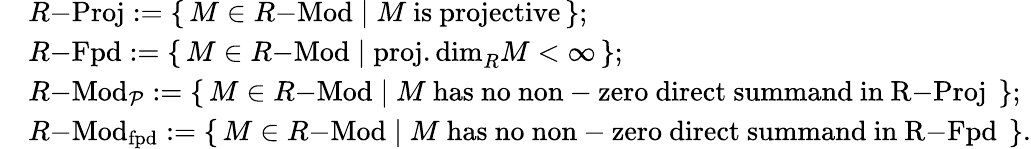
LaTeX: \begin{array}{rl}&{R\mathrm{-}\mathrm{Proj}:=\left\{ \, M\in R\mathrm{-}\mathrm{Mod}\mid M\mathrm{~is~projective}\, \right\} ;}\\ &{R\mathrm{-}\mathrm{Fpd}:=\left\{ \, M\in R\mathrm{-}\mathrm{Mod}\mid\operatorname{proj.dim}_{R}M<\infty\, \right\} ;}\\ &{R\mathrm{-}\mathrm{Mod}_{\mathcal{P}}:=\left\{ \, M\in R\mathrm{-}\mathrm{Mod}\mid M\mathrm{~has~no~non-zero~direct~summand~in~R\mathrm{-}\mathrm{Proj}~}\, \right\} ;}\\ &{R\mathrm{-}\mathrm{Mod}_{\mathrm{fpd}}:=\left\{ \, M\in R\mathrm{-}\mathrm{Mod}\mid M\mathrm{~has~no~non-zero~direct~summand~in~R\mathrm{-}\mathrm{Fpd}~}\, \right\} .}\end{array}